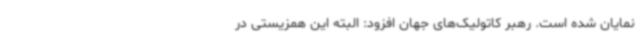
نمایان شده است. رهبر کاتولیک‌های جهان افزود: البته این همزیستی در